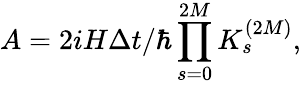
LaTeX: A=2iH\Delta t/\hbar\prod_{s=0}^{2M}K_{s}^{(2M)},